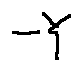
- Y